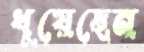
ধুয়েছেন